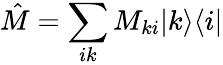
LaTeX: \hat{M}=\sum_{ik}M_{ki}|k\rangle\langle i|